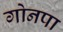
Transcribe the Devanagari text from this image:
गोनपा